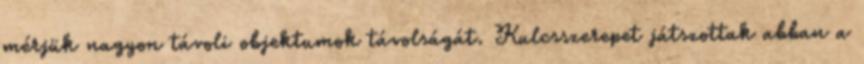
mérjük nagyon távoli objektumok távolságát. Kulcsszerepet játszottak abban a